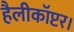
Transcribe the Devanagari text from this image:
हैलीकॉप्टर।